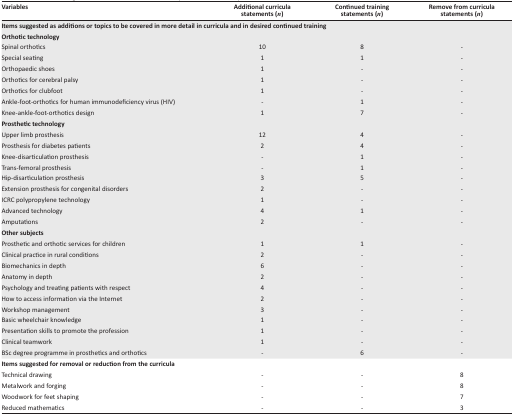
| Variables | Additional curricula statements (n) | Continued training statements (n) | Remove from curricula statements (n) |
 | --- | --- | --- | --- |
 | <COLSPAN=4> Items suggested as additions or topics to be covered in more detail in curricula and in desired continued training |
 | Orthotic technology |  |  |  |
 | Spinal orthotics | 10 | 8 | - |
 | Special seating | 1 | 1 | - |
 | Orthopaedic shoes | 1 | - | - |
 | Orthotics for cerebral palsy | 1 | - | - |
 | Orthotics for clubfoot | 1 | - | - |
 | Ankle-foot-orthotics for human immunodeficiency virus (HIV) | - | 1 | - |
 | Knee-ankle-foot-orthotics design | 1 | 7 | - |
 | Prosthetic technology |
 | Upper limb prosthesis | 12 | 4 | - |
 | Prosthesis for diabetes patients | 2 | 4 | - |
 | Knee-disarticulation prosthesis | - | 1 | - |
 | Trans-femoral prosthesis | - | 1 | - |
 | Hip-disarticulation prosthesis | 3 | 5 | - |
 | Extension prosthesis for congenital disorders | 2 | - | - |
 | ICRC polypropylene technology | 1 | - | - |
 | Advanced technology | 4 | 1 | - |
 | Amputations | 2 | - | - |
 | Other subjects |
 | Prosthetic and orthotic services for children | 1 | 1 | - |
 | Clinical practice in rural conditions | 2 | - | - |
 | Biomechanics in depth | 6 | - | - |
 | Anatomy in depth | 2 | - | - |
 | Psychology and treating patients with respect | 4 | - | - |
 | How to access information via the Internet | 2 | - | - |
 | Workshop management | 3 | - | - |
 | Basic wheelchair knowledge | 1 | - | - |
 | Presentation skills to promote the profession | 1 | - | - |
 | Clinical teamwork | 1 | - | - |
 | BSc degree programme in prosthetics and orthotics | - | 6 | - |
 | Items suggested for removal or reduction from the curricula |
 | Technical drawing | - | - | 8 |
 | Metalwork and forging | - | - | 8 |
 | Woodwork for feet shaping | - | - | 7 |
 | Reduced mathematics | - | - | 3 |